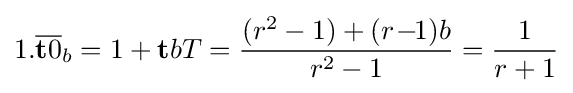
1.{\overline {\mathbf {t} 0}}_{b}=1+\mathbf {t} bT={\frac {(r^{2}-1)+(r\!-\!\!1)b}{r^{2}-1}}={\frac {1}{r+1}}